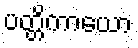
ပတ္တိကာယော